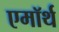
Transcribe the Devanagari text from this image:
एमॉर्थ